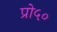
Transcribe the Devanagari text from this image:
प्रो५०